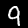
Label: 9